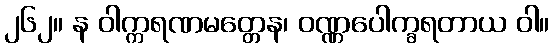
၂၆၂။ န ဝါက္ကရဏမတ္တေန၊ ဝဏ္ဏပေါက္ခရတာယ ဝါ။